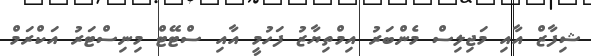
ޝިފާޒް އާއި މަޖިލިސް މެންބަރު އިމްތިޔާޒު ފަހުމީ އާއި ސްޓޭޓް މިނިސްޓަރު އަކްރަމް